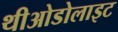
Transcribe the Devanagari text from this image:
थीओडोलाइट